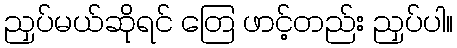
ညှပ်မယ်ဆိုရင် တြေ ဖာင့်တည်း ညှပ်ပါ။